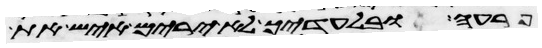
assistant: פרעה ובלעדיך לא ירים איש את